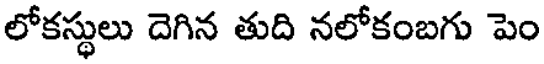
లోకస్థులు దెగిన తుది నలోకంబగు పెం